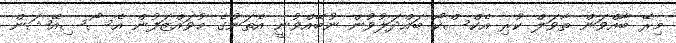
މިރޭ ބާއްވަން ތާވަލް ކުރި އެކްސްކޯ ބައްދަލުވުން ނުބޭއްވުނީ އެތަނުގެ މުވައްޒަފުން އެސޯސިއޭޝަން